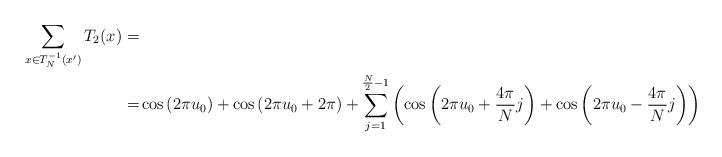
LaTeX: \begin{align*} \begin{aligned} \sum_{x \in T_{N}^{-1}(x')} T_{2}(x) = & \\ = & \cos\left(2\pi u_{0}\right) + \cos\left(2\pi u_{0}+2\pi\right)+\sum_{j=1}^{\frac{N}{2}-1}\left(\cos\left(2\pi u_{0}+\frac{4\pi}{N}j\right)+\cos\left(2\pi u_{0}-\frac{4\pi}{N}j\right)\right)\end{aligned}\end{align*}